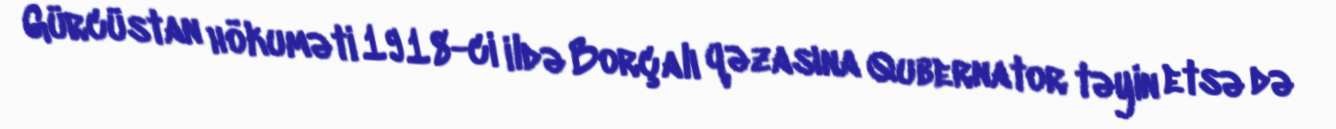
Gürcüstan hökuməti 1918-ci ildə Borçalı qəzasına Qubernator təyin etsə də